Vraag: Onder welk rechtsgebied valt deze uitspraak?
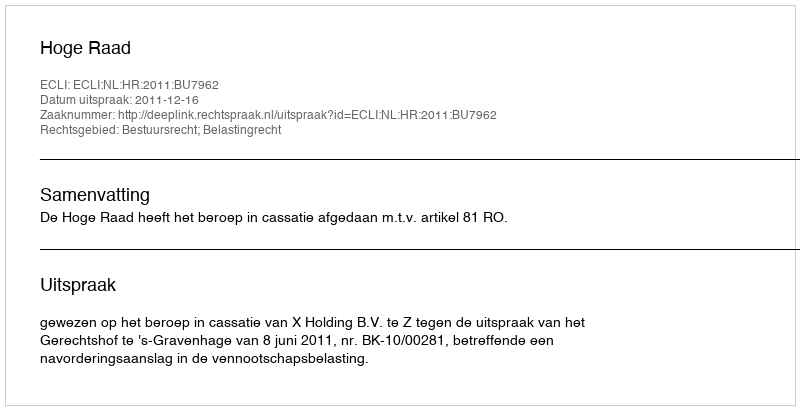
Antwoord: Bestuursrecht; Belastingrecht